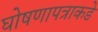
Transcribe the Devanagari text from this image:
घोषणापत्राकडे